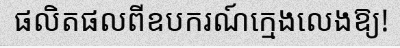
ផលិតផលពីឧបករណ៍ក្មេងលេងឱ្យ!